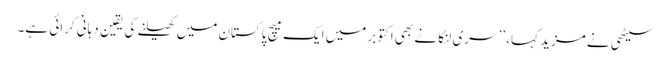
سیٹھی نے مزید کہا، ’’سری لنکا نے بھی اکتوبر میں ایک میچ پاکستان میں کھیلنے کی یقین دہانی کرائی ہے۔